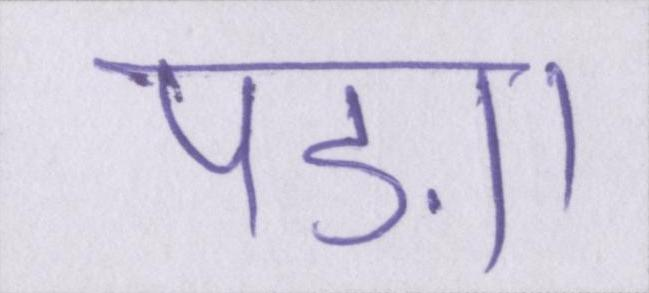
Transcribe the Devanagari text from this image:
पड़ा।